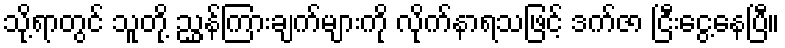
သို့ရာတွင် သူတို့ ညွှန်ကြားချက်များကို လိုက်နာရသဖြင့် ဒက်ဇာ ငြီးငွေ့နေပြီ။